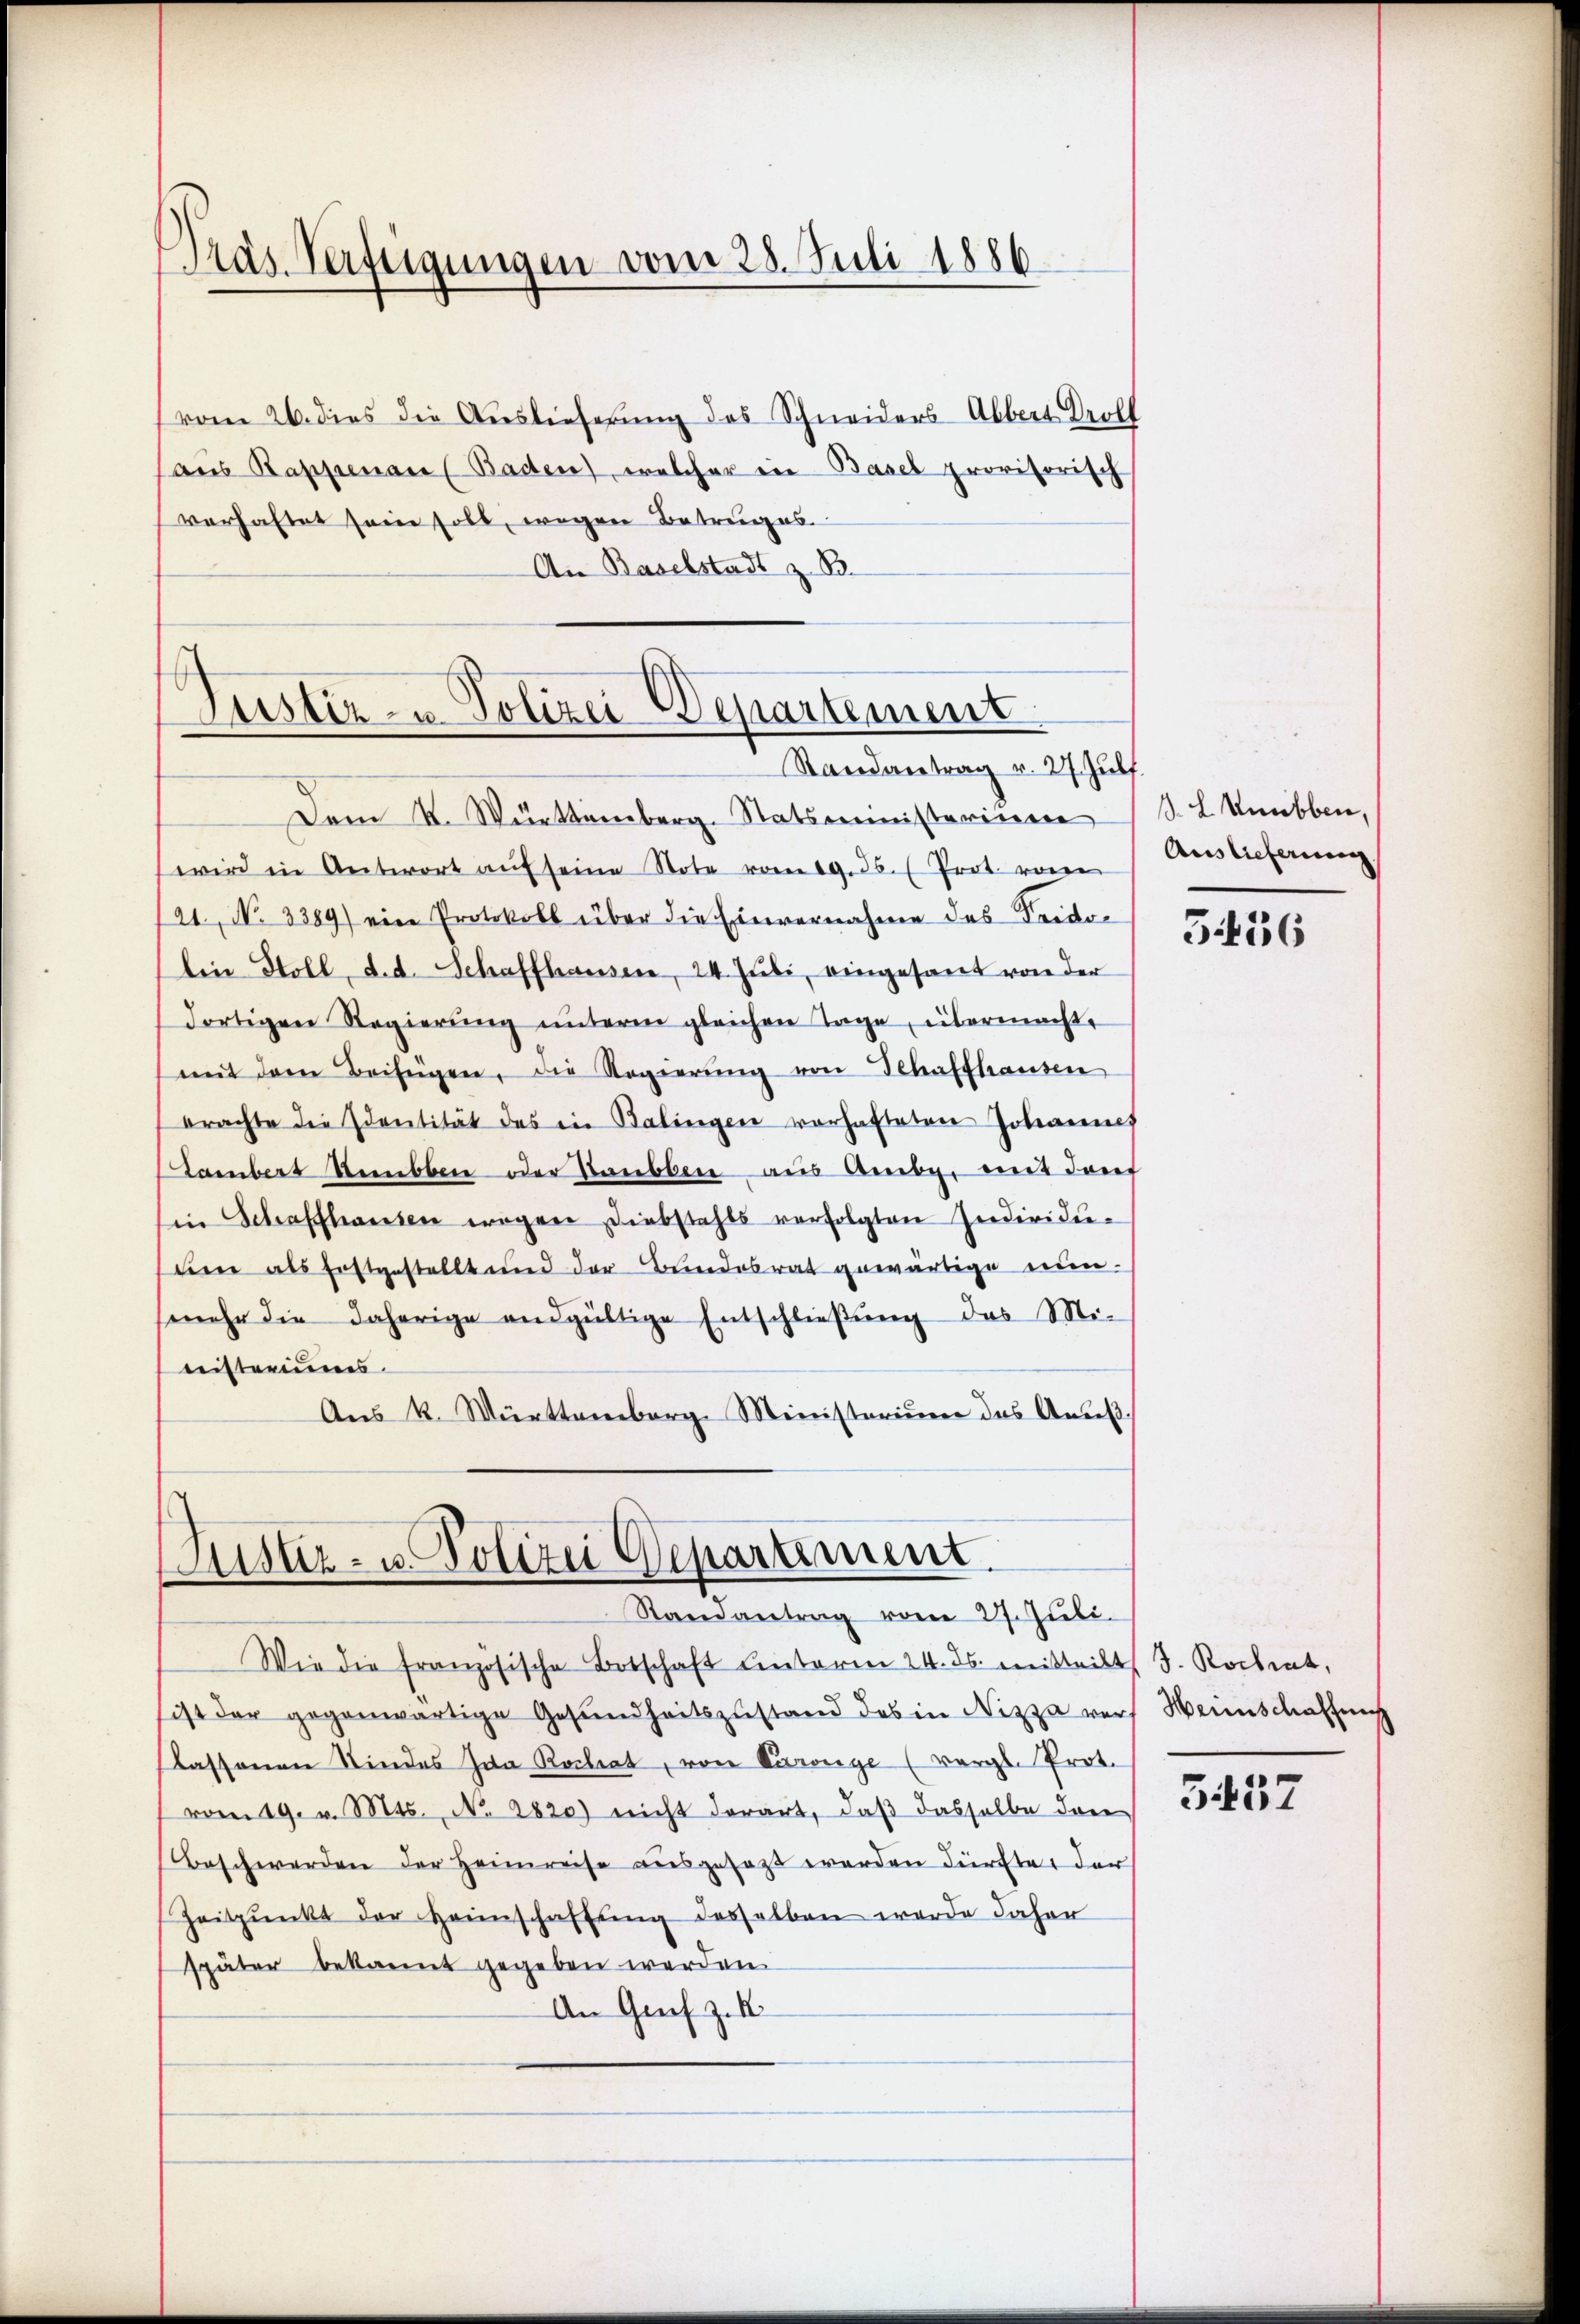
Pras Verfügungen vom 28. Juli 1886

vom 26. dies die Auslieferung des Schneiders Albert Groll
aus Rappenau (Baden), welcher in Basel provisorisch
verhaftet sein soll, wegen Betruges.
An Baselstadt z. B.

Justiz- u Polizei Departement
Randantrag v. 27. Juli.

Dem St. Württemberg. Statsministeriier
wird in Antwort aŭf seine Note vom 19. 36. Prot. von
121. No 3389) ein Protokoll über die Einvernahme des Frido-
lin Stoll, d. d. Schaffhausen, 24. Juli, eingesant von der
dortigen Regierung unterm gleichen Tage, übermacht,
mit dem Beifügen, die Regierŭng von Schaffhausen
brachte die Identität des in Balingen vorhafteten Johannes
Tambert Rebben oder Staubben aus Amte, mit darf
Ein Schaffhausen wegen Diebstahls verfolgten Individueien als Erstgestellt und der Bundesrat gewärtige nun¬
(mehr die daherige endgültige Entschlieβŭng das Mi-
nisteriums.
Aŭs K. Württemberg. Ministerium des Andeβ

(Justiz- u. Polizei Departiment
Randantrag vom 27. Juli.

Wie die französische Botschaft unteren 24. ds. mitteilt J. Kochent,
sist der gegenwärtige Gesŭndheitszustand des in Nizza vers Heinschaffung
lassenen Kindes Ida Rochiat, von Parenge (vergl. Prot.
vom 19. v. Mts. No. 2820) nicht derart, daß dasselbe dan
Beschwerden der Heimreise ausgesagt werden dürfte, der
Zeitpŭnkt der Heimschaffŭng deshalben werde daher
später bekannt gegeben werden.
An Graf z. B.

J. L. Unabben,
Auslieferung

5456

3437